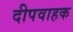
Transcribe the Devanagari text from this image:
दीपवाहक